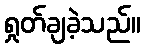
ရှုတ်ချခဲ့သည်။